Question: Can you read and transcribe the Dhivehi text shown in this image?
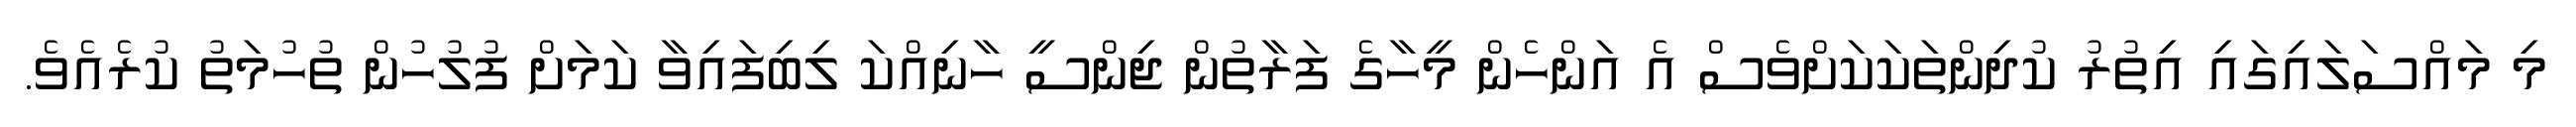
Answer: މި މައްސަލައިގައި އިތުރު ކުދިންތަކަކަށްވެސް އެ އަންހެން މީހާގެ ފަރާތުން ޖިންސީ ހާނިއްކަ ލިބިފައިވާ ކަމަށް ފުލުހުން ތުހުމަތު ކުރެއެވެ.